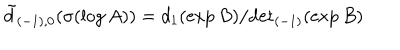
\tilde { d } _ { ( - 1 ) , 0 } ( \sigma ( \log A ) ) = d _ { 1 } ( \exp B ) / { \det } _ { ( - 1 ) } ( \exp B )